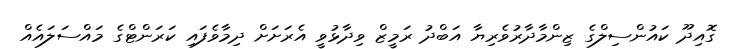
ގޮއިދޫ ކައުންސިލްގެ ޒިންމާދާރުވެރިޔާ އަބްދު ރަމީޒް ވިދާޅުވީ އެރަށަށް ދިމާވެފައި ކަރަންޓްގެ މައްސަލައެއް